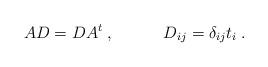
LaTeX: \begin{align*}AD=DA^{t}\;,\quad \quad \quad D_{ij}=\delta _{ij}t_{i}\;. \end{align*}